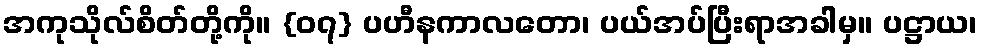
အကုသိုလ်စိတ်တို့ကို။ {၀၇} ပဟီနကာလတော၊ ပယ်အပ်ပြီးရာအခါမှ။ ပဋ္ဌာယ၊